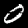
Digit: 0